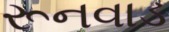
રૂનવાડ